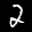
Label: 2